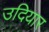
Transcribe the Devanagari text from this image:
उदियार